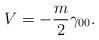
LaTeX: \begin{align*} V= - \frac{m}2 \gamma_{00}.\end{align*}